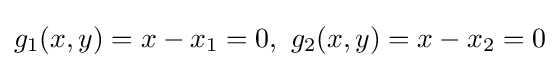
g_{1}(x,y)=x-x_{1}=0,\ g_{2}(x,y)=x-x_{2}=0